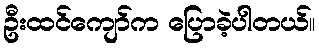
ဦးထင်ကျော်က ပြောခဲ့ပါတယ်။